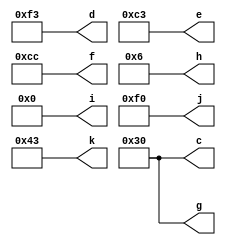
module test (
    output [7:0] c,d,e,f,g,h,i,j,k
);
   wire [7:0] a,b;
   assign a=8'b0011_0011;
   assign b=8'b1111_0000;
   assign c=a&b;
   assign d=a|b;
   assign e=a^b;
   assign f=~a;
   assign g={a[3:0],b[3:0]};
   assign h=a>>3;
   assign i=&b;
   assign j=(a>b)?a:b;
   assign k=a-b;
endmodule